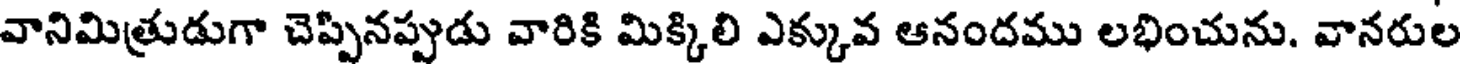
వానిమిత్రుడుగా చెప్పినప్పుడు వారికి మిక్కిలి ఎక్కువ ఆనందము లభించును. వానరుల